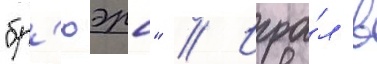
"бр'юэрс" // Игра́л в